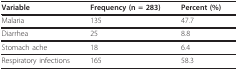
<table><thead><tr><td><b>Variable</b></td><td><b>Frequency (n = 283)</b></td><td><b>Percent (%)</b></td></tr></thead><tbody><tr><td>Malaria</td><td>135</td><td>47.7</td></tr><tr><td>Diarrhea</td><td>25</td><td>8.8</td></tr><tr><td>Stomach ache</td><td>18</td><td>6.4</td></tr><tr><td>Respiratory infections</td><td>165</td><td>58.3</td></tr></tbody></table>